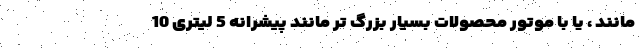
مانند ، یا با موتور محصولات بسیار بزرگ تر مانند پیشرانه 5 لیتری 10